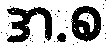
အ.စ